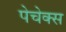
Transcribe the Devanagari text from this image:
पेचेक्स